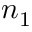
n _ { 1 }